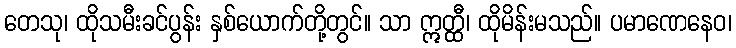
တေသု၊ ထိုသမီးခင်ပွန်း နှစ်ယောက်တို့တွင်။ သာ ဣတ္ထီ၊ ထိုမိန်းမသည်။ ပမာဏေနေဝ၊